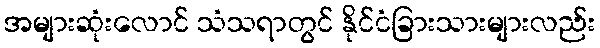
အများဆုံးလောင် သံသရာတွင် နိုင်ငံခြားသားများလည်း